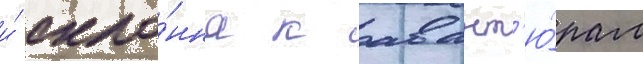
и́ скло́нна к авант'ю́рам